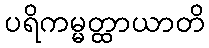
ပရိကမ္မတ္ထာယာတိ